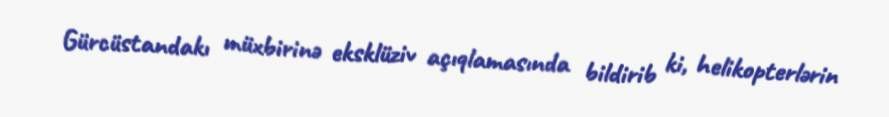
Gürcüstandakı müxbirinə eksklüziv açıqlamasında bildirib ki, helikopterlərin